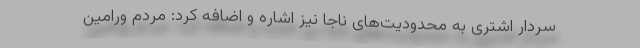
سردار اشتری به محدودیت‌های ناجا نیز اشاره و اضافه کرد: مردم ورامین